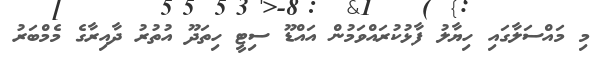
މި މައްސަލާގައި ހިޔާލު ފާޅުކުރައްވަމުން އައްޑޫ ސިޓީ ހިތަދޫ އުތުރު ދާއިރާގެ މެމްބަރު